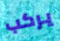
يركب